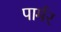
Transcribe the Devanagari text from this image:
पार्मर